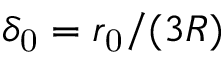
{ \delta _ { \mathrm { 0 } } = r _ { \mathrm { 0 } } / ( 3 R ) }